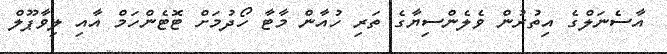
އާސެނަލްގެ އިތުރުން ވެލެންސިޔާގެ ތަރި ހުއާން މާޓާ ހޯދުމަށް ޓޮޓެންހަމް އާއި ލިވާޕޫލް